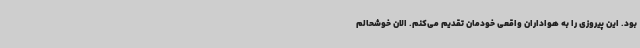
بود. این پیروزی را به هواداران واقعی خودمان تقدیم می‌کنم. الان خوشحالم